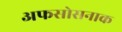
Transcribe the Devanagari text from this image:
अफसोसनाक